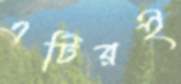
এটিরই